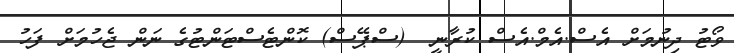
ވޯޓު ދިނުމަށް އެސް.އެމް.އެސް ކުރާނީ  (ސްޕޭސް) ކޮންޓެސްޓަންޓުގެ ނަން ޖެހުމަށް ފަހު